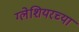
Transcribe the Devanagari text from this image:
ग्लेशियरच्या